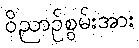
ဝိညာဉ်စွမ်းအား